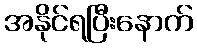
အနိုင်ရပြီးနောက်